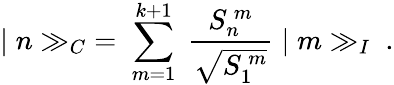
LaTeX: \vert\; n\gg_{C}\; =\; \sum_{m=1}^{k+1}\; \frac{S_{n}^{\ m}}{\sqrt{S_{1}^{\ m}}}\; \vert\; m\gg_{I}\ .